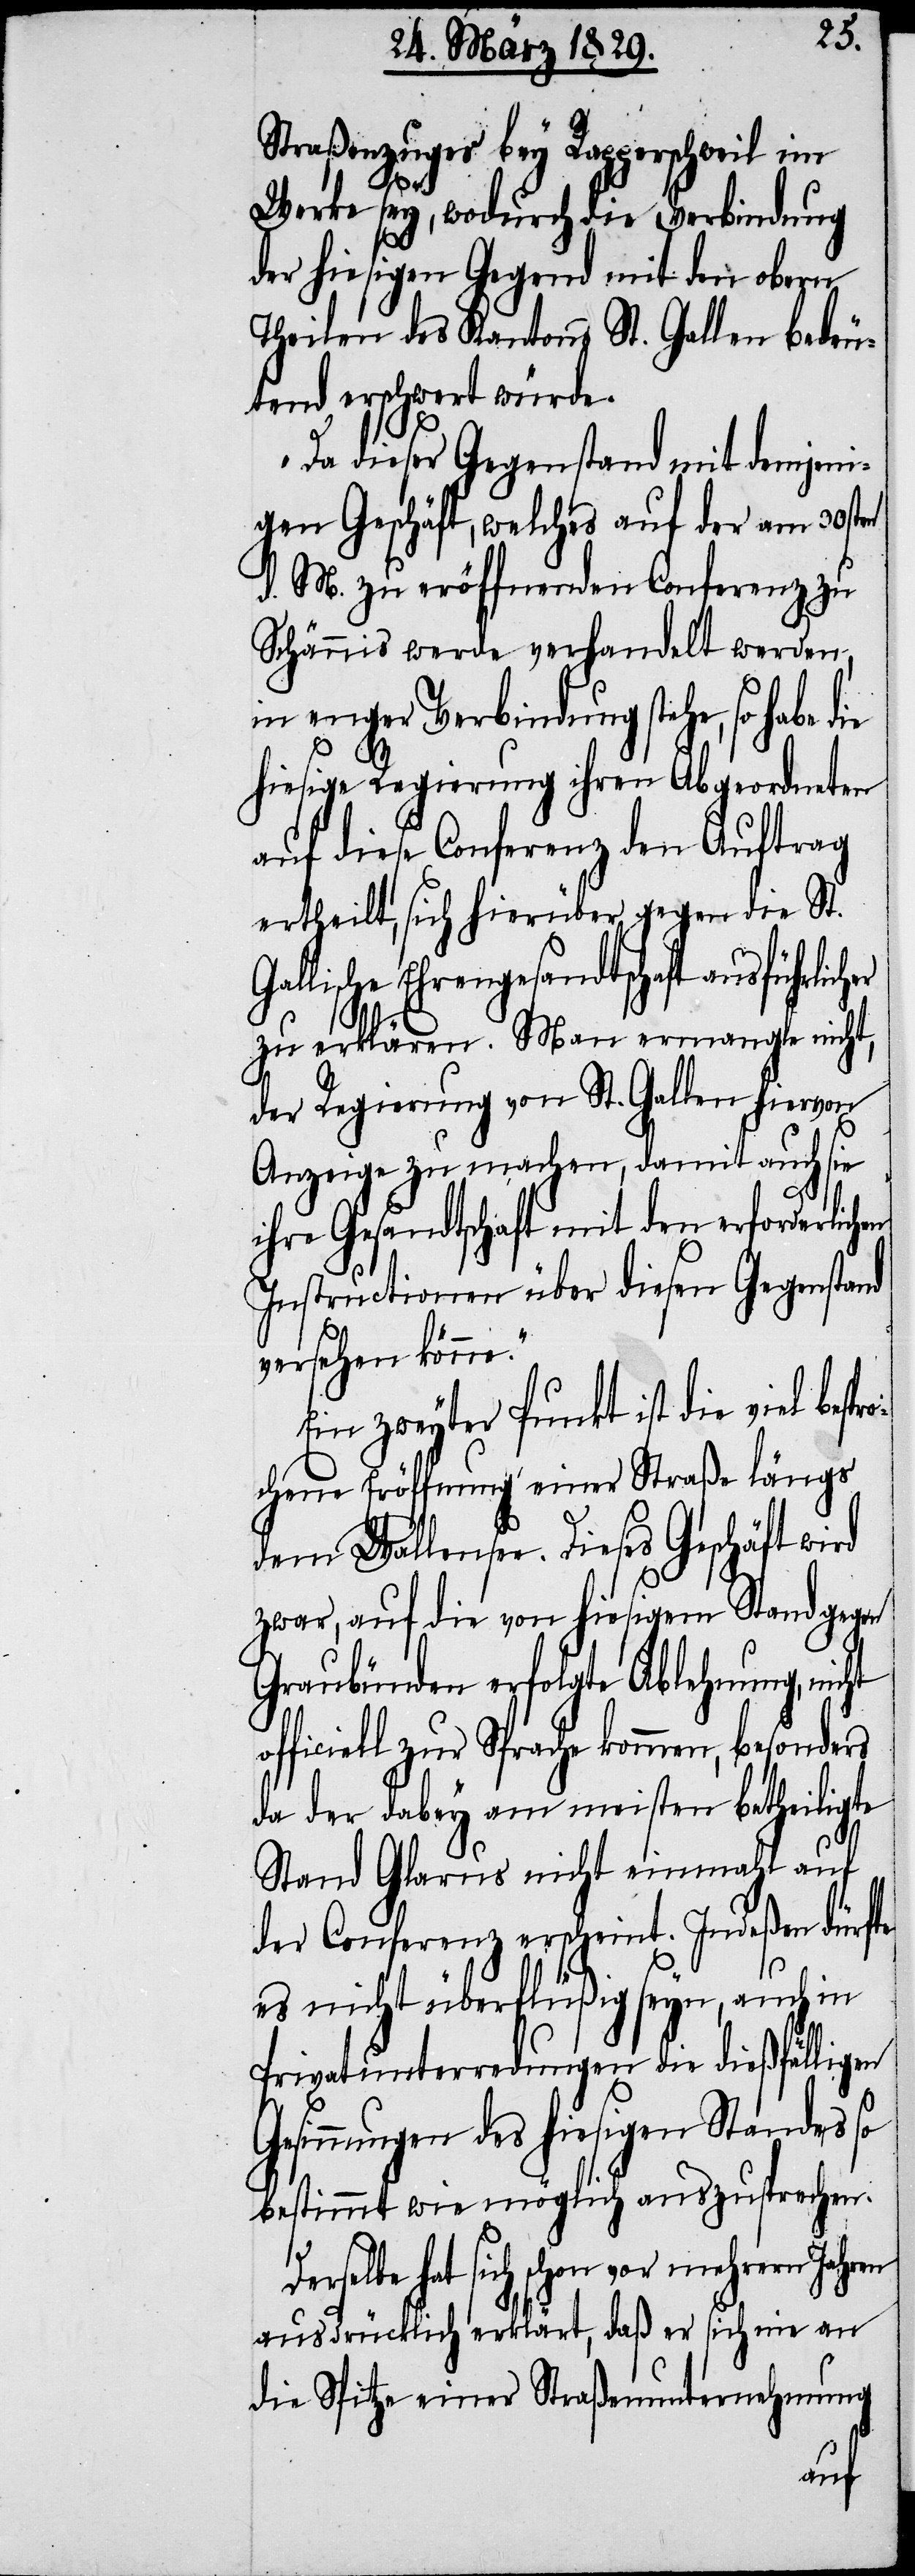
Straßenzuges bey Rapperschweil im
Werke sey, wodurch die Verbindung
der hiesigen Gegend mit den obern
Theilen des Kantons St. Gallen bedeu¬
tend erschweren würde.
Da dieser Gegenstand mit demjeni¬
gen Geschäft, welches auf der am 30sten
d. M. zu eröffnenden Conferenz zu
Schännis werde verhandelt werden,
in enger Verbindung stehe, so habe
hiesige Regierung ihren Abgeordneten
auf diese Conferenz den Auftrag
ertheilt, sich hierüber gegen die St.
Gallische Ehrengesandtschaft ausführlicher
spro¬
zu erklären. Man ermangle nicht,
der Regierung von St. Gallen hiervon
Anzeige zu machen, damit auch sie
ihre Gesandtschaft mit den erforderlic¬
Instructionen über diesen Gegenstand
versehen könne.“
Ein zweyter Punkt ist die viel be¬
chene Eröffnung einer Straße längs
dem Wallensee. Dieses Geschäft wird
zwar, auf die von hiesigem Stand gegen
Graubünden erfolgte Ablehnung,
officiell zur Sprache kommen, besonders
da der dabey am meisten betheiligte
Stand Glarus nicht einmahl auf
der Conferenz erscheint. Indeßen dürfte
es nicht überflüßig seyn, auch in
Privatunterredungen die dießfälligen
Gesinnungen des hiesigen Standes so
bestimmt wie möglich auszusprechen.
hat sich schon vor mehrern Jahren
ausdrücklich erklärt, daß es sich nie an
die Spitze einer Straßenunternehmung